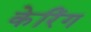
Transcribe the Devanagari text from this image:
केरिंग